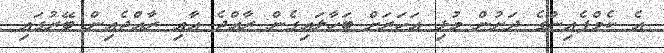
އެ ކެމްޕެއިންގެ ދަށުން މުޅި އަހަރަށް ބަހާލައިގެން ރާއްޖެ އާއި ރާއްޖެއިން ބޭރުގައި